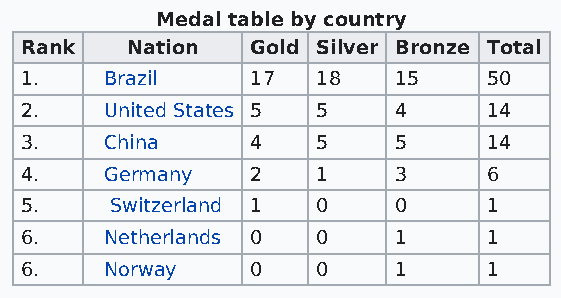
Medal table by country
 Rank   Nation   Gold Silver Bronze Total
 1.    Brazil    17  18   15    50
 2.    United States 5 5  4     14
 3.    China     4   5    5     14
 4.    Germany   2   1    3     6
 5.    Switzerland 1 0    0     1
 6.    Netherlands 0 0    1     1
 6.    Norway    0   0    1     1